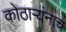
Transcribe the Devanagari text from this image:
कोठार्‍यंनाच